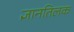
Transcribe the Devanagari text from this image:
ज्ञानतिलक